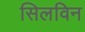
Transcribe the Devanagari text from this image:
सिलविन